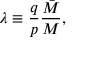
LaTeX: \lambda \equiv \frac { q } { p } \frac { \bar { { \cal M } } } { { \cal M } } ,